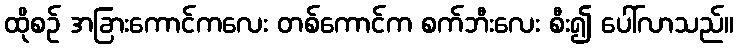
ထိုစဉ် အခြားကောင်ကလေး တစ်ကောင်က စက်ဘီးလေး စီး၍ ပေါ်လာသည်။